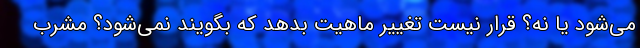
می‌شود یا نه؟ قرار نیست تغییر ماهیت بدهد که بگویند نمی‌شود؟ مشرب